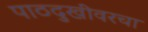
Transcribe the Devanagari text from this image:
पाठदुखीवरचा